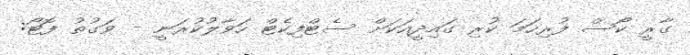
ގާރީ ކޯސް ފުރިހަމަ ކުރި ގައިދީއަކަށް ސެޓްފިކެޓް ހަވާލުކުރަނީ - ވަގުތު ފޮޓޯ: